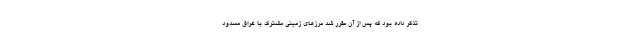
تذکر داده بود که پس از آن مقرر شد مرزهای زمینی مشترک با عراق مسدود